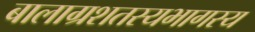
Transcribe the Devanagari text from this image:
बालाग्रशतस्यभागस्य